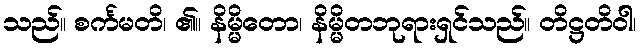
သည်။ စင်္ကမတိ၊ ၏။ နိမ္မိတော၊ နိမ္မိတဘုရားရှင်သည်။ တိဋ္ဌတိဝါ၊